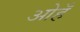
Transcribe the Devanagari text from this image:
ओहँ